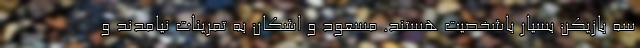
سه بازیکن بسیار باشخصیت هستند. مسعود و اشکان به تمرینات نیامدند و